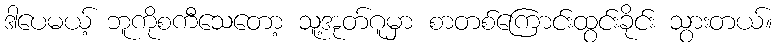
ဒါပေမယ့် ဘူကိုစကီသေတော့ သူ့အုတ်ဂူမှာ စာတစ်ကြောင်းထွင်းခိုင်း သွားတယ်။